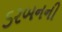
ડરબનની